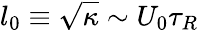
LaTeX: l_{0}\equiv\sqrt{\kappa}\sim U_{0}\tau_{R}